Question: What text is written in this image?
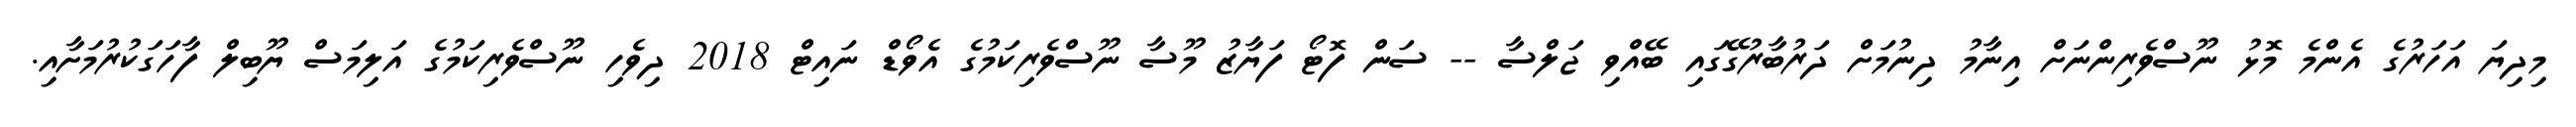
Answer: މިދިޔަ އަހަރުގެ އެންމެ މޮޅު ނޫސްވެރިންނަށް އިނާމު ދިނުމަށް ދަރުބާރުގޭގައި ބޭއްވި ޖަލްސާ -- ސަން ފޮޓޯ ފަޔާޒު މޫސާ ނޫސްވެރިކަމުގެ އެވޯޑް ނައިޓް 2018 ދިވެހި ނޫސްވެރިކަމުގެ އަލިމަސް ޔޫބިލް ފާހަގަކުރުމަށާއި.